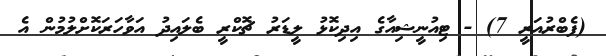
(ފެބްރުއަރީ 7) - ޓިއުނީޝިއާގެ އިދިކޮޅު ލީޑަރު ޗޮކްރީ ބެލައިދު އަވާހަރަކޮށްލުމުން އެ